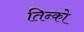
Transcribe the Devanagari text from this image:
तिन्को